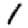
Digit: 1